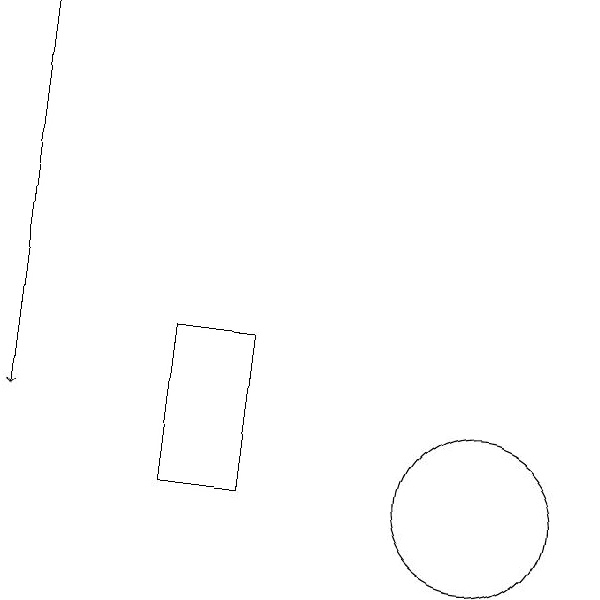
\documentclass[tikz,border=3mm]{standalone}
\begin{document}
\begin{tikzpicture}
\draw (8,10) rectangle (7,12);
\draw[->] (5,16) -- (5,11);
\draw (11,10) circle (1);
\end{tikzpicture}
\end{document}